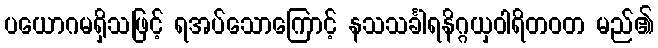
ပယောဂမရှိသဖြင့် ရအပ်သောကြောင့် နသသင်္ခါရနိဂ္ဂယှဝါရိတဝတ မည်၏